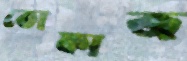
তোফাজ